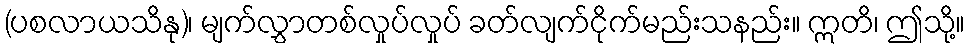
(ပစလာယသိနု)၊ မျက်လွှာတစ်လှုပ်လှုပ် ခတ်လျက်ငိုက်မည်းသနည်း။ ဣတိ၊ ဤသို့။